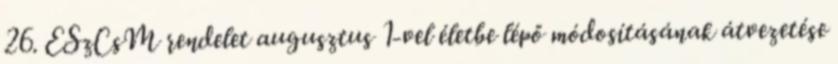
26. ESzCsM rendelet augusztus 1-vel életbe lépő módosításának átvezetése